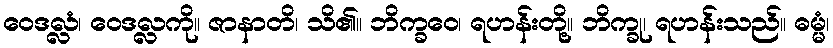
ဝေဒလ္လံ၊ ဝေဒလ္လကို။ ဇာနာတိ၊ သိ၏။ ဘိက္ခဝေ၊ ရဟန်းတို့။ ဘိက္ခု၊ ရဟန်းသည်။ ဓမ္မံ၊